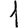
Digit: 1